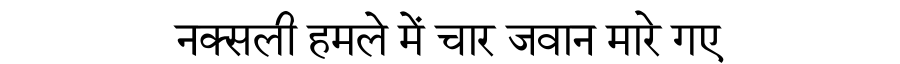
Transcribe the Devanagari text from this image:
नक्सली हमले में चार जवान मारे गए